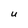
Character: u